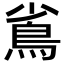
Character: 䲵